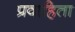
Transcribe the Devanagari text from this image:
प्रवाहिता